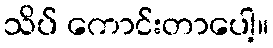
သိပ် ကောင်းတာပေါ့။